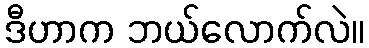
ဒီဟာက ဘယ်လောက်လဲ။